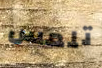
تلمس